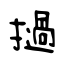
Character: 撾